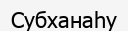
Субханаһу